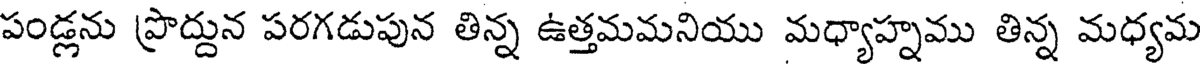
పండ్లను ప్రొద్దున పరగడుపున తిన్న ఉత్తమమనియు మధ్యాహ్నము తిన్న మధ్యమ